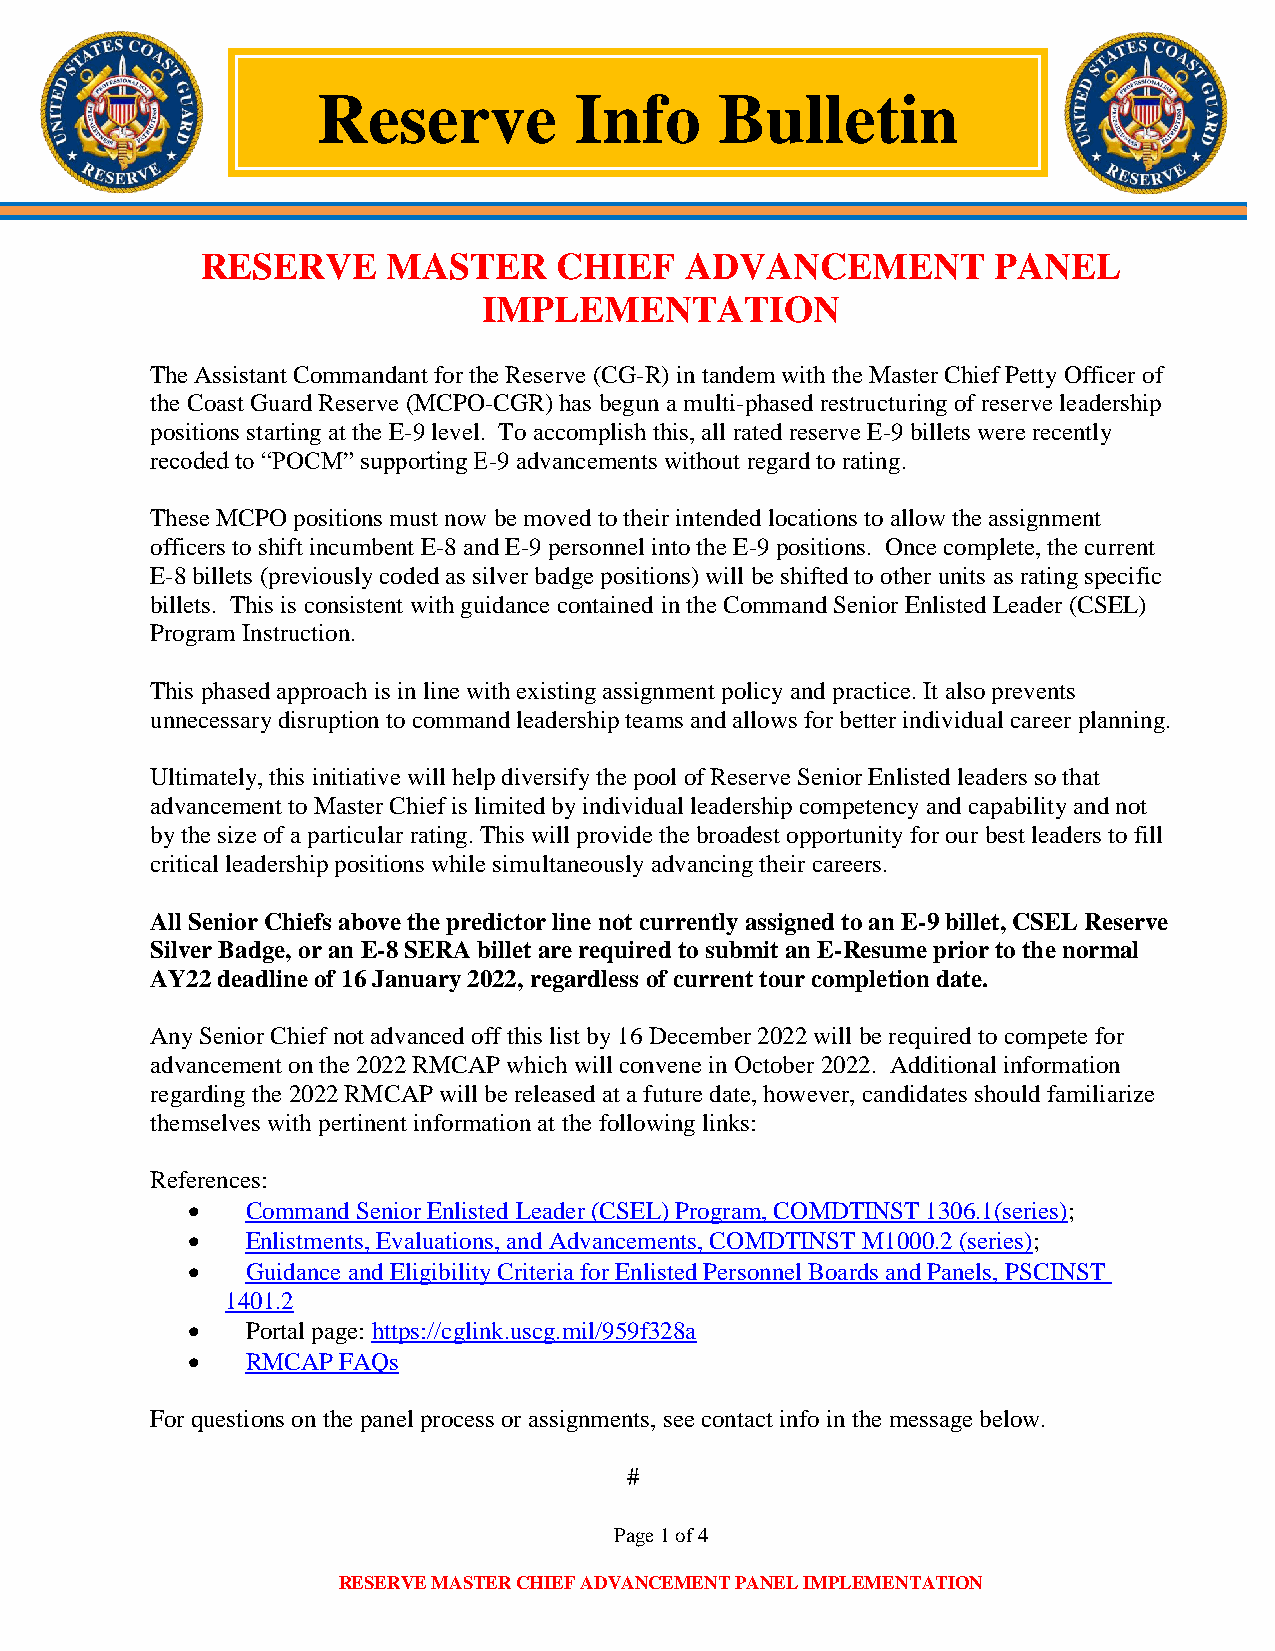
Reserve          Info      Bulletin
 RESERVE      MASTER     CHIEF   ADVANCEMENT          PANEL
 IMPLEMENTATION
 The Assistant Commandant for the Reserve (CG-R) in tandem with the Master Chief Petty Officer of
 the Coast Guard Reserve (MCPO-CGR) has begun a multi-phased restructuring of reserve leadership
 positions starting at the E-9 level. To accomplish this, all rated reserve E-9 billets were recently
 recoded to “POCM” supporting E-9 advancements without regard to rating.
 These MCPO positions must now be moved to their intended locations to allow the assignment
 officers to shift incumbent E-8 and E-9 personnel into the E-9 positions. Once complete, the current
 E-8 billets (previously coded as silver badge positions) will be shifted to other units as rating specific
 billets. This is consistent with guidance contained in the Command Senior Enlisted Leader (CSEL)
 Program Instruction.
 This phased approach is in line with existing assignment policy and practice. It also prevents
 unnecessary disruption to command leadership teams and allows for better individual career planning.
 Ultimately, this initiative will help diversify the pool of Reserve Senior Enlisted leaders so that
 advancement to Master Chief is limited by individual leadership competency and capability and not
 by the size of a particular rating. This will provide the broadest opportunity for our best leaders to fill
 critical leadership positions while simultaneously advancing their careers.
 All Senior Chiefs above the predictor line not currently assigned to an E-9 billet, CSEL Reserve
 Silver Badge, or an E-8 SERA billet are required to submit an E-Resume prior to the normal
 AY22 deadline of 16 January 2022, regardless of current tour completion date.
 Any Senior Chief not advanced off this list by 16 December 2022 will be required to compete for
 advancement on the 2022 RMCAP which will convene in October 2022. Additional information
 regarding the 2022 RMCAP will be released at a future date, however, candidates should familiarize
 themselves with pertinent information at the following links:
 References:
    Command Senior Enlisted Leader (CSEL) Program, COMDTINST 1306.1(series);
    Enlistments, Evaluations, and Advancements, COMDTINST M1000.2 (series);
    Guidance and Eligibility Criteria for Enlisted Personnel Boards and Panels, PSCINST
 1401.2
    Portal page: https://cglink.uscg.mil/959f328a
    RMCAP FAQs
 For questions on the panel process or assignments, see contact info in the message below.
 #
 Page 1 of 4
 RESERVE MASTER CHIEF ADVANCEMENT PANEL IMPLEMENTATION